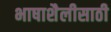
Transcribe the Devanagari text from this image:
भाषाशैलीसाठी